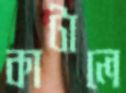
কাটালে